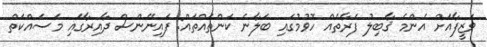
ވަޒީފާއަށް އެންމެ ޤާބިލު ފަރާތެއް ހޮވުމުގައި ބަލާނެ ކަންތައްތައް: ފައިނޭންސް ދާއިރާގައި މަސައްކަތް